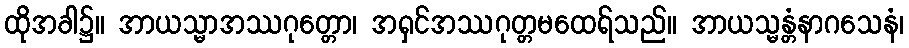
ထိုအခါ၌။ အာယသ္မာအဿဂုတ္တော၊ အရှင်အဿဂုတ္တမထေရ်သည်။ အာယသ္မန္တံနာဂသေနံ၊